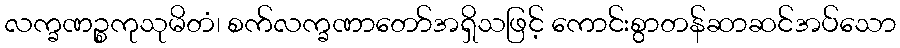
လက္ခဏဉ္စကုသုမိတံ၊ စက်လက္ခဏာတော်အရှိသဖြင့် ကောင်းစွာတန်ဆာဆင်အပ်သော